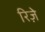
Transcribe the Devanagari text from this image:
रिज़े